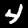
Digit: 4